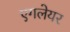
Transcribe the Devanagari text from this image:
एगलेयर